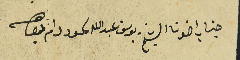
جناب اخونا الشيخ يوسف عبد الله لحود دام بقاه